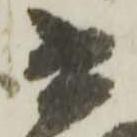
書